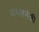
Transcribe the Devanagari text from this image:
जंगलमंत्री